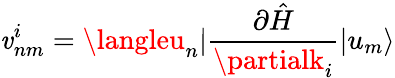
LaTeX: \mathit{v}_{nm}^{i}=\langleu_{n}|\frac{{\partial\hat{{H}}}}{{\partialk_{i}}}|u_{m}\rangle